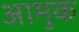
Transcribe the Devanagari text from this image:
आमुक